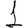
Digit: 1